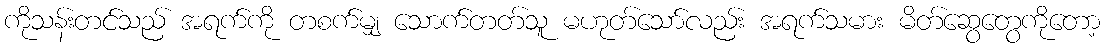
ကိုသန်းတင်သည် အရက်ကို တစက်မျှ သောက်တတ်သူ မဟုတ်သော်လည်း အရက်သမား မိတ်ဆွေတွေကိုတော့